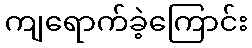
ကျရောက်ခဲ့ကြောင်း